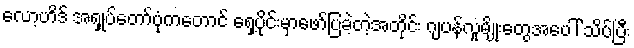
လော့ဟိဒ် အရှုပ်တော်ပုံကတောင် ရှေ့ပိုင်းမှာဖော်ပြခဲ့တဲ့အတိုင်း ဂျပန်လူမျိုးတွေအပေါ် သိပ်ပြီး